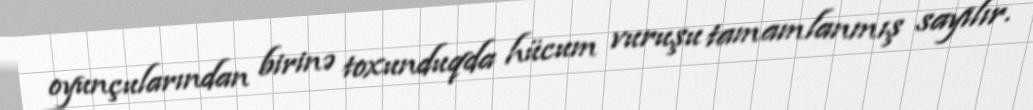
oyunçularından birinə toxunduqda hücum vuruşu tamamlanmış sayılır.